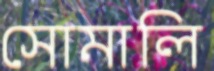
সোমালি